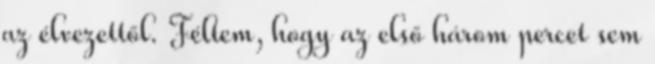
az élvezettől. Féltem, hogy az első három percet sem